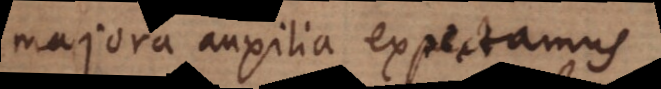
majora auxilia expectamus